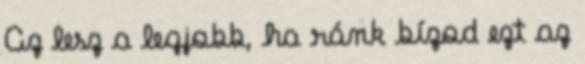
Az lesz a legjobb, ha ránk bízod ezt az